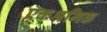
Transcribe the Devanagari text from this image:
एकश्रमिक